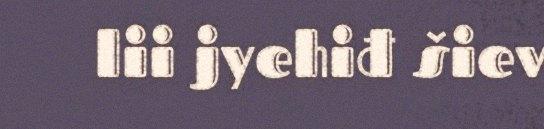
lii jyehiđ šiev